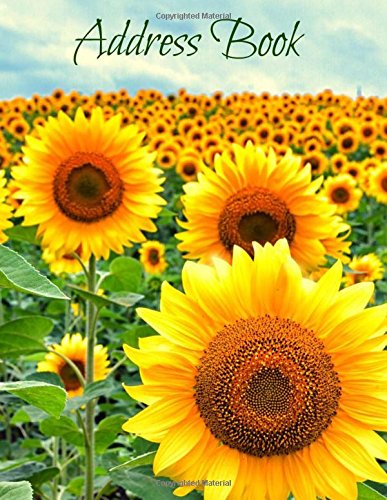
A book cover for Address Book (Extra Large Paperback Address Books-Summer Series) (Volume 81); Creative Planners; Business & Money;